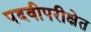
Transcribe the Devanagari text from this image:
पदवीपरीक्षेत